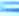
يوم